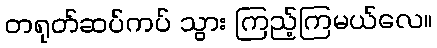
တရုတ်ဆပ်ကပ် သွား ကြည့်ကြမယ်လေ။